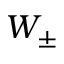
W _ { \pm }